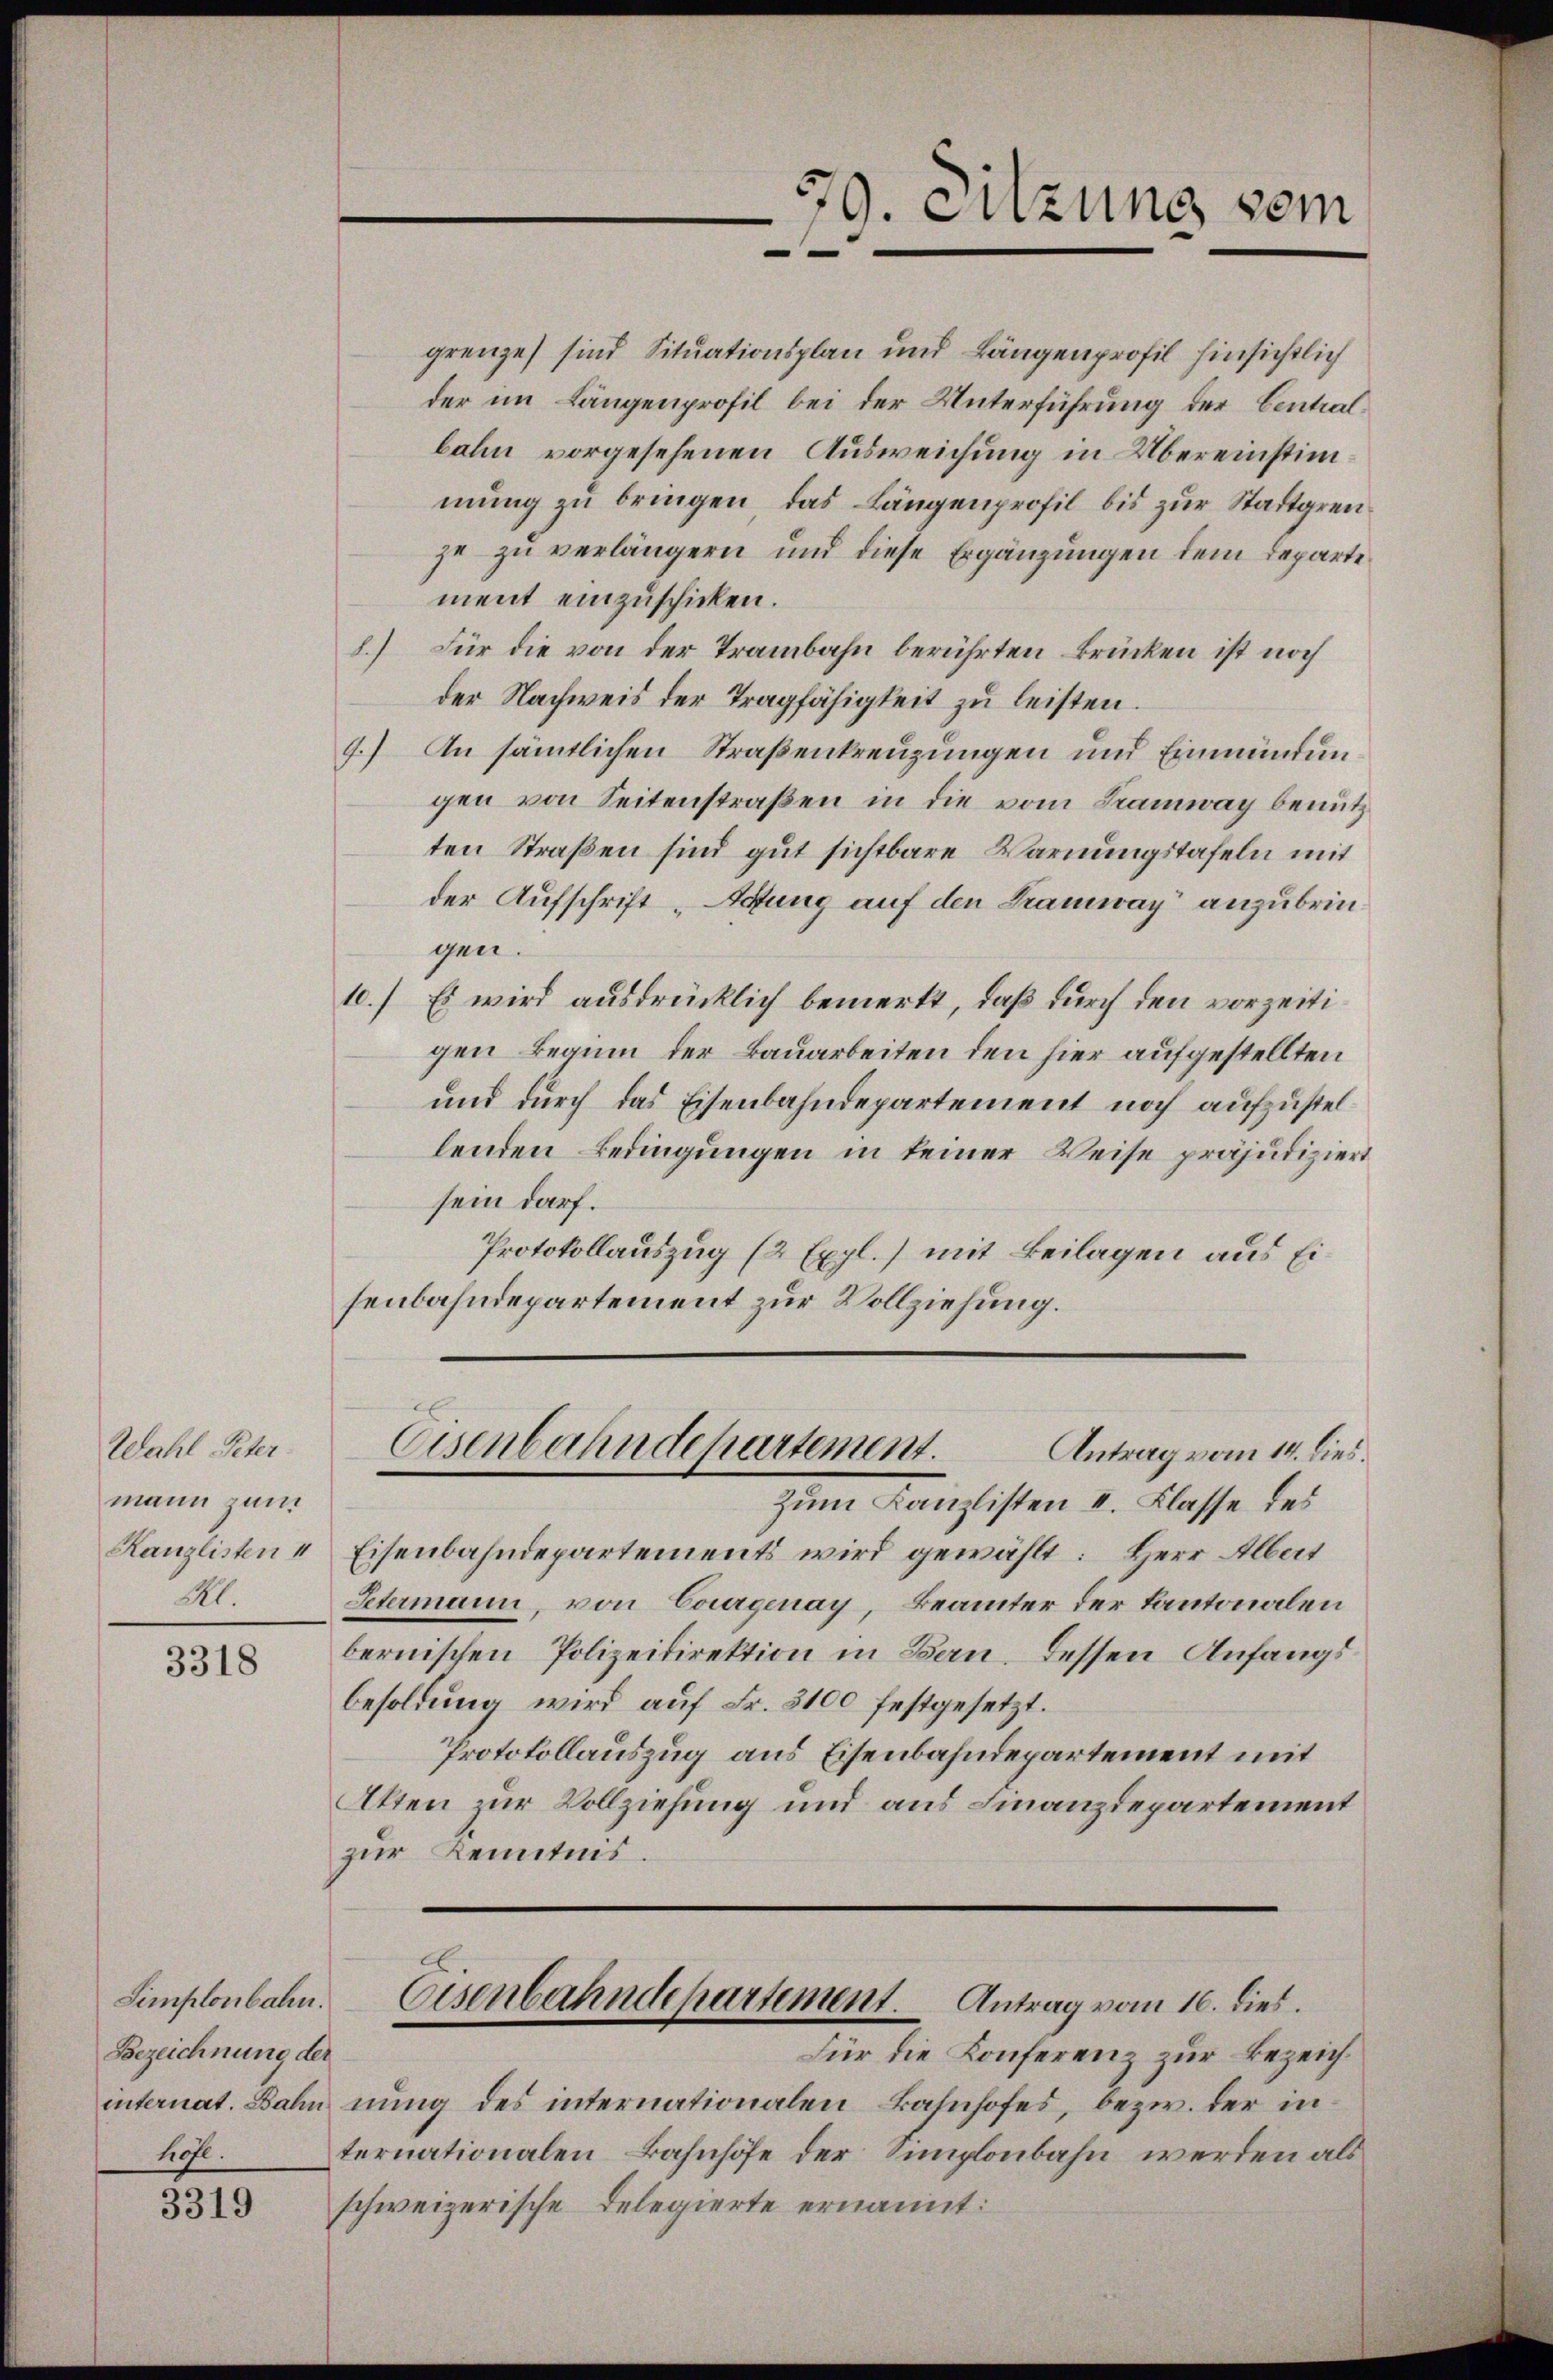
Wahl Peter.
mann zum
Kanzlisten I
R.

3318

Simplonbahn.
Bezeichnung der
hafl.

3319

grenze) sind Situationsplan und Längenprofil hinsichtlich
der im Längenprofil bei der Unterführung der Centralbahn vorgesehenen Ausweichung in Übereinstimmung zu bringen, das Längenprofil bis zur Stadtgrenje zu verlängern und diese Ergänzungen dem Departe
ment einzuschicken.
8.) Für die von der Trambahn berührten Brücken ist noch
der Nachweis der Tragfähigkeit zu leisten.
4.) An sämtlichen Straßenkreuzungen und Einmündun
gen von Seitenstraßen in die vom Tramway benutzten Straßen sind gut sichtbare Warnungstafeln mit
der Aufschrift „Affung auf den Kramway anzubringen.
10.) Es wird ausdrücklich bemerkt, daß durch den vorzeitigen Beginn der Bauarbeiten den hier aufgestellten
und durch das Eisenbahndepartement noch aufzustellenden Bedingungen in keiner Weise präjudiziert
sein darf.
Protokollauszug (2 Expl.) mit Beilagen aus Eisenbahndepartement zur Vollziehung.

Eisenbahndepartements wird gewählt: Herr Albert
Petermann, von Courgenay, Beamter der Kantonalen
bernischen Polizeidirektion in Bau, dessen Anfangsbesoldung wird auf Fr. 3100 festgesetzt.
Protokollauszug aus Eisenbahndepartement mit
Atten zur Vollziehung und aus Finanzdepartement
zur Kenntnis.

79. Sitzung vom
¬

Eisenbahndepartement.
Antrag vom 14. dies.
zum Kanzlisten u. Klasse des

Für die Konferenz zur Bezeichinternat. Bahn nung des internationalen Bahnhofes, bezw. der in
ternationalen Bahnhöfe der Simplonbahn werden als
schweizerische Delegierte ernannt:

Eisenbahndepartement. Antrag vom 16. dies.